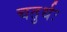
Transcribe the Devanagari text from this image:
चतुर्थः